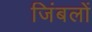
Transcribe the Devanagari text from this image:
जिंबलों